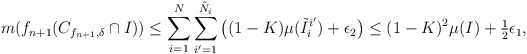
\begin{align*}m(f_{n+1}(C_{f_{n+1}, \delta} \cap I)) \leq\sum_{i=1}^N \sum_{i' = 1}^{\tilde N_i} \big( (1-K) \mu(\tilde I_i^{i'}) + \epsilon_2 \big) \leq (1-K)^2 \mu(I) + \tfrac{1}{2} \epsilon_1, \end{align*}